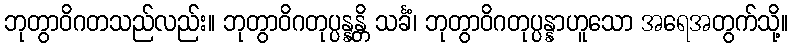
ဘုတွာဝိဂတသည်လည်း။ ဘုတွာဝိဂတုပ္ပန္နန္တိ သင်္ခံ၊ ဘုတွာဝိဂတုပ္ပန္နာဟူသော အရေအတွက်သို့။